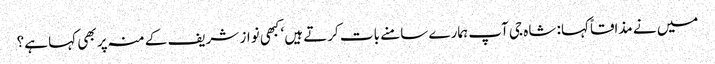
میں نے مذاقاً کہا: شاہ جی آپ ہمارے سامنے بات کرتے ہیں‘ کبھی نواز شریف کے منہ پر بھی کہا ہے؟